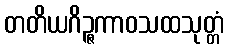
တတိယဂိဉ္ဇကာဝသထသုတ္တံ